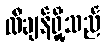
လီချန်ရှို့သည်